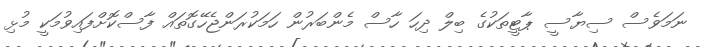
ނަމަވެސް ސިޔާސީ ޕާޓީތަކުގެ ބިލް ދިހަ ހާސް މެންބަރުން ހަމަކުރަންޖެހޭގޮތައް ފާސްކޮށްފައިވުމަކީ މުޅި